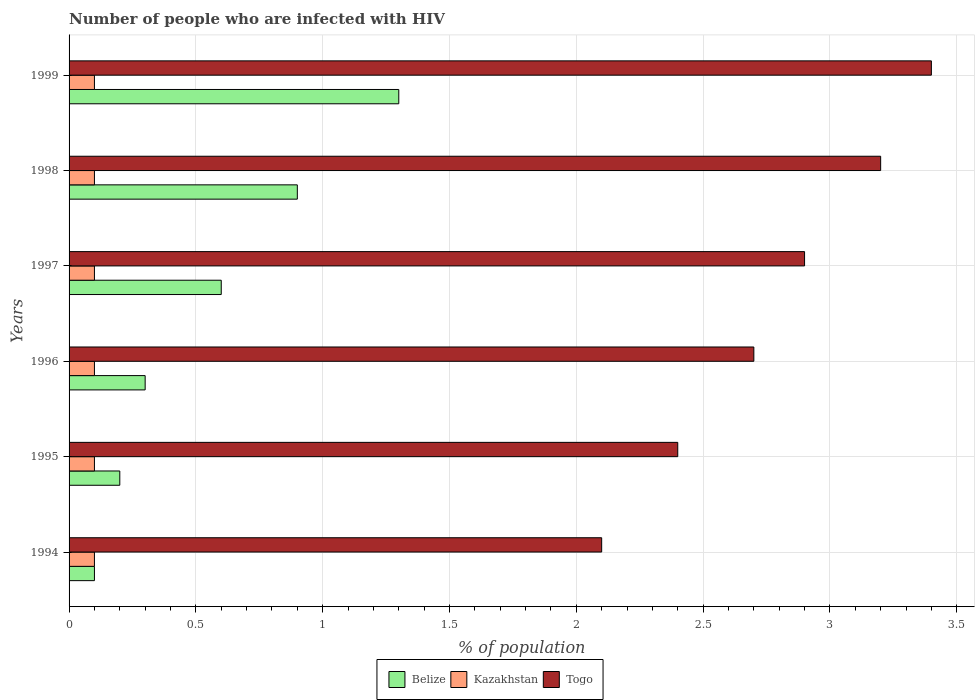
| Years | Belize | Kazakhstan | Togo |
 | --- | --- | --- | --- |
 | 1994 | 0.1 | 0.1 | 2.1 |
 | 1995 | 0.2 | 0.1 | 2.4 |
 | 1996 | 0.3 | 0.1 | 2.7 |
 | 1997 | 0.6 | 0.1 | 2.9 |
 | 1998 | 0.9 | 0.1 | 3.2 |
 | 1999 | 1.3 | 0.1 | 3.4 |